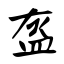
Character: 盔